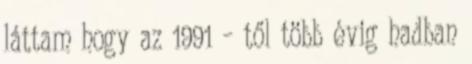
láttam hogy az 1991 – től több évig hadban